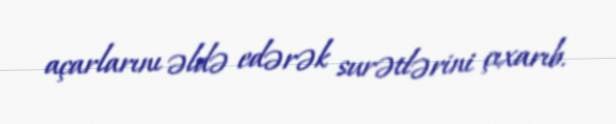
açarlarını əldə edərək surətlərini çıxarıb.